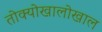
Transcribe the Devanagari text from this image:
तोक्योखालोखाल